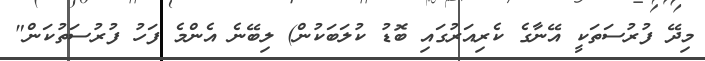
މިދޭ ފުރުސަތަކީ އޭނާގެ ކެރިއަރުގައި ބޮޑު ކުލަބަކުން) ލިބޭނެ އެންމެ ފަހު ފުރުސަތުކަން"